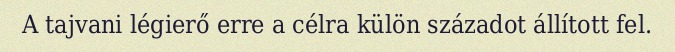
A tajvani légierő erre a célra külön századot állított fel.